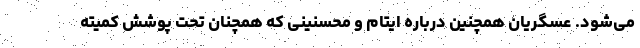
می‌شود. عسگریان همچنین درباره ایتام و محسنینی که همچنان تحت پوشش کمیته